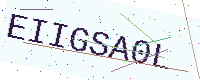
Text: EIIGSA0L